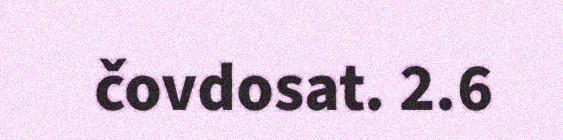
čovdosat. 2.6